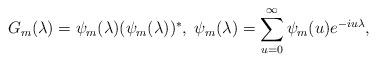
LaTeX: \begin{align*} G_m(\lambda)=\psi_m(\lambda)(\psi_m(\lambda))^*,\;\psi_m(\lambda)=\sum_{u=0}^\infty \psi_m(u)e^{-iu\lambda},\end{align*}